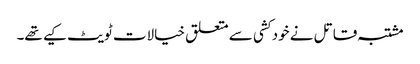
مشتبہ قاتل نے خود کشی سے متعلق خیالات ٹویٹ کیے تھے۔